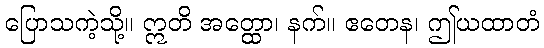
ပြောသကဲ့သို့။ ဣတိ အတ္ထော၊ နက်။ ဧတေန၊ ဤယထာတံ